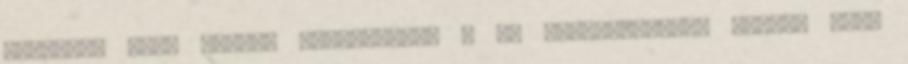
fizetési kapu oldala közvetlenül a mi weboldalunkon jeleni meg,